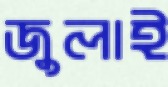
জুলাই